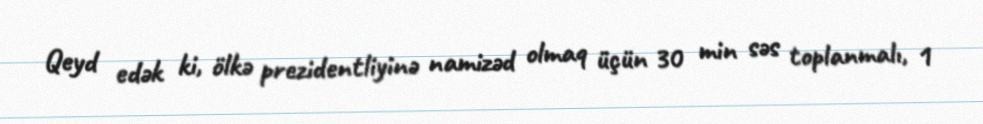
Qeyd edək ki, ölkə prezidentliyinə namizəd olmaq üçün 30 min səs toplanmalı, 1